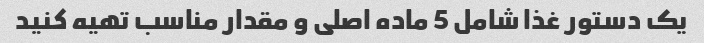
یک دستور غذا شامل 5 ماده اصلی و مقدار مناسب تهیه کنید